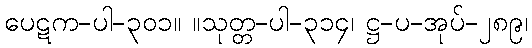
ပေဋက-ပါ-၃၀၁။ ။သုတ္တ-ပါ-၃၁၄၊ ဋ္ဌ-ပ-အုပ်-၂၈၉၊